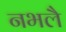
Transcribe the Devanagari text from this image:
नभलै